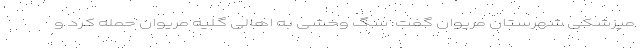
مپزشکی شهرستان مریوان گفت: سگ وحشی به اهالی گلیه مریوان حمله کرد و